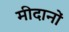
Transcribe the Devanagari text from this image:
मीदानों